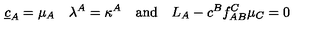
\underline { { c } } _ { A } = \mu _ { A } \quad \lambda ^ { A } = \kappa ^ { A } \quad \mathrm { a n d } \quad L _ { A } - c ^ { B } f _ { A B } ^ { C } \mu _ { C } = 0